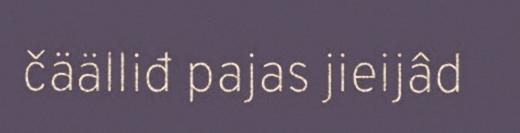
čäälliđ pajas jieijâd